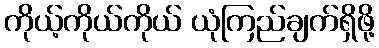
ကိုယ့်ကိုယ်ကိုယ် ယုံကြည်ချက်ရှိဖို့